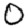
Digit: 0